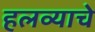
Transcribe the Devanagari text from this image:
हलव्याचे